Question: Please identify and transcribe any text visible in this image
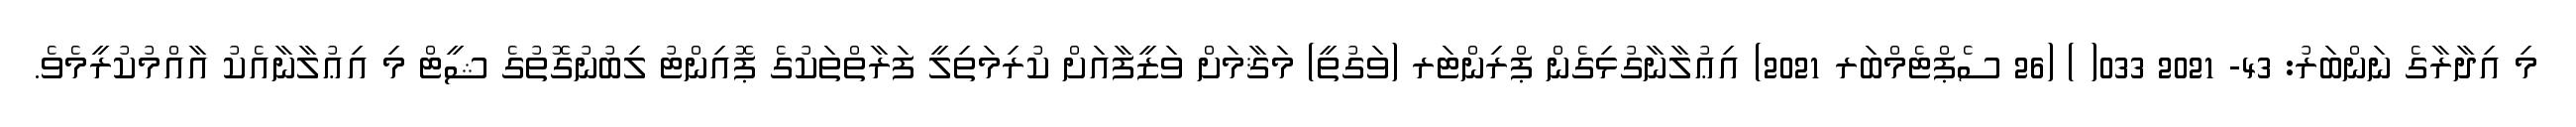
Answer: މި އިދާރާގެ ނަންބަރު: 43- 2021 033( ) (26 ސެޕްޓެމްބަރ 2021) އިޢުލާނާގުޅިގެން ޕްރިންޓަރ (ވަގުތީ) މަޤާމަށް ވަޒީފާއަށް ކުރިމަތިލީ ފަރާތްތަކުގެ ޕޮއިންޓު ލިބުނުގޮތުގެ ޝީޓް މި އިޢުލާނާއެކު އާއްމުކުރީމެވެ.